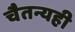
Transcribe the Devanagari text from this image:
चैतन्यही